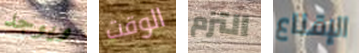
ويوجد الوقت التزم الإقناع